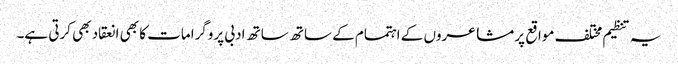
یہ تنظیم مختلف مواقع پر مشاعروں کے اہتمام کے ساتھ ساتھ ادبی پروگرامات کا بھی انعقاد بھی کرتی ہے۔